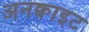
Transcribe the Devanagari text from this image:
अनक्वाइट